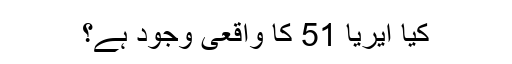
کیا ایریا 51 کا واقعی وجود ہے؟